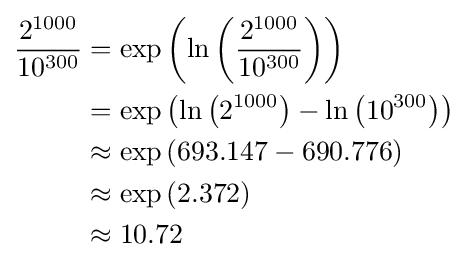
{\begin{aligned}{\frac {2^{1000}}{10^{300}}}&=\exp \left(\ln \left({\frac {2^{1000}}{10^{300}}}\right)\right)\\&=\exp \left(\ln \left(2^{1000}\right)-\ln \left(10^{300}\right)\right)\\&\approx \exp \left(693.147-690.776\right)\\&\approx \exp \left(2.372\right)\\&\approx 10.72\end{aligned}}